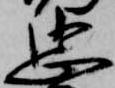
忠